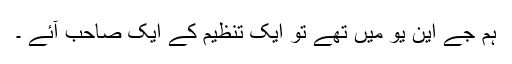
ہم جے این یو میں تھے تو ایک تنظیم کے ایک صاحب آئے ۔